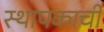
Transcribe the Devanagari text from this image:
स्थापकाची